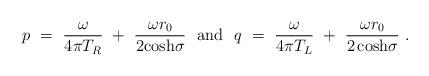
LaTeX: \begin{align*}p~=~{\omega \over 4 \pi T_{R}}~+~{\omega r_{0} \over 2 {\cosh}\sigma}~~{\mbox {and}}~~q~=~{\omega \over 4 \pi T_{L}}~+~{\omega r_{0} \over{2\cosh} \sigma}~.\end{align*}